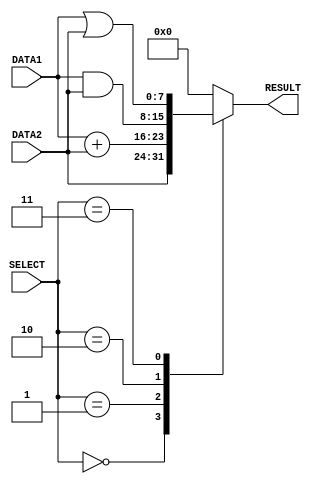
/*******************
   E16232
   F.S.Marzook
   Lab5_Part1
   ALu Module
********************/


module alu( DATA1, DATA2, RESULT, SELECT);

	//declare inputs for operands and opcode
	input [7:0] DATA1, DATA2;
	input [2:0] SELECT;

	//declare output register for alu result
	output reg [7:0] RESULT;

	//pass parameters for the opcodes used for the functions Forward,Add,And,Or
	parameter [2:0] FORWARD = 3'b000,
			ADD = 3'b001,
			AND = 3'b010,
			OR = 3'b011;
	
	//re-evaluate when one of these in the sensitive list changes
	always @ (DATA1 or DATA1 or SELECT)
	
	begin
		
		case (SELECT)
		
			FORWARD:begin
					#1 RESULT = DATA2;			//when the opcode is 000,move/laod Data2 to the result
				end
			ADD:	begin
					#2 RESULT = DATA1 + DATA2;		//when the opcode is 001,add Data1 and Data2 to produce the result
				end
			AND:	begin
					#1 RESULT = DATA1 & DATA2;		//when the opcode is 010,bitwise AND on Data1 with Data2 to produce the result
				end
			OR:	begin
					#1 RESULT = DATA1 | DATA2;		//when the opcode is 011,bitwise OR on Data1 with Data2 to produce the result
				end
			//when the opcode is 1xx,
			default:begin
					RESULT = 8'b0;		//make the result zero
					//display a warning					
					$display($time,"s	WARNING!The opcode %b is unused.Therefore the result produced is %d\n",SELECT,RESULT);
				end
		endcase
	end

endmodule